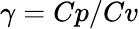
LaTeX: \gamma=Cp/Cv